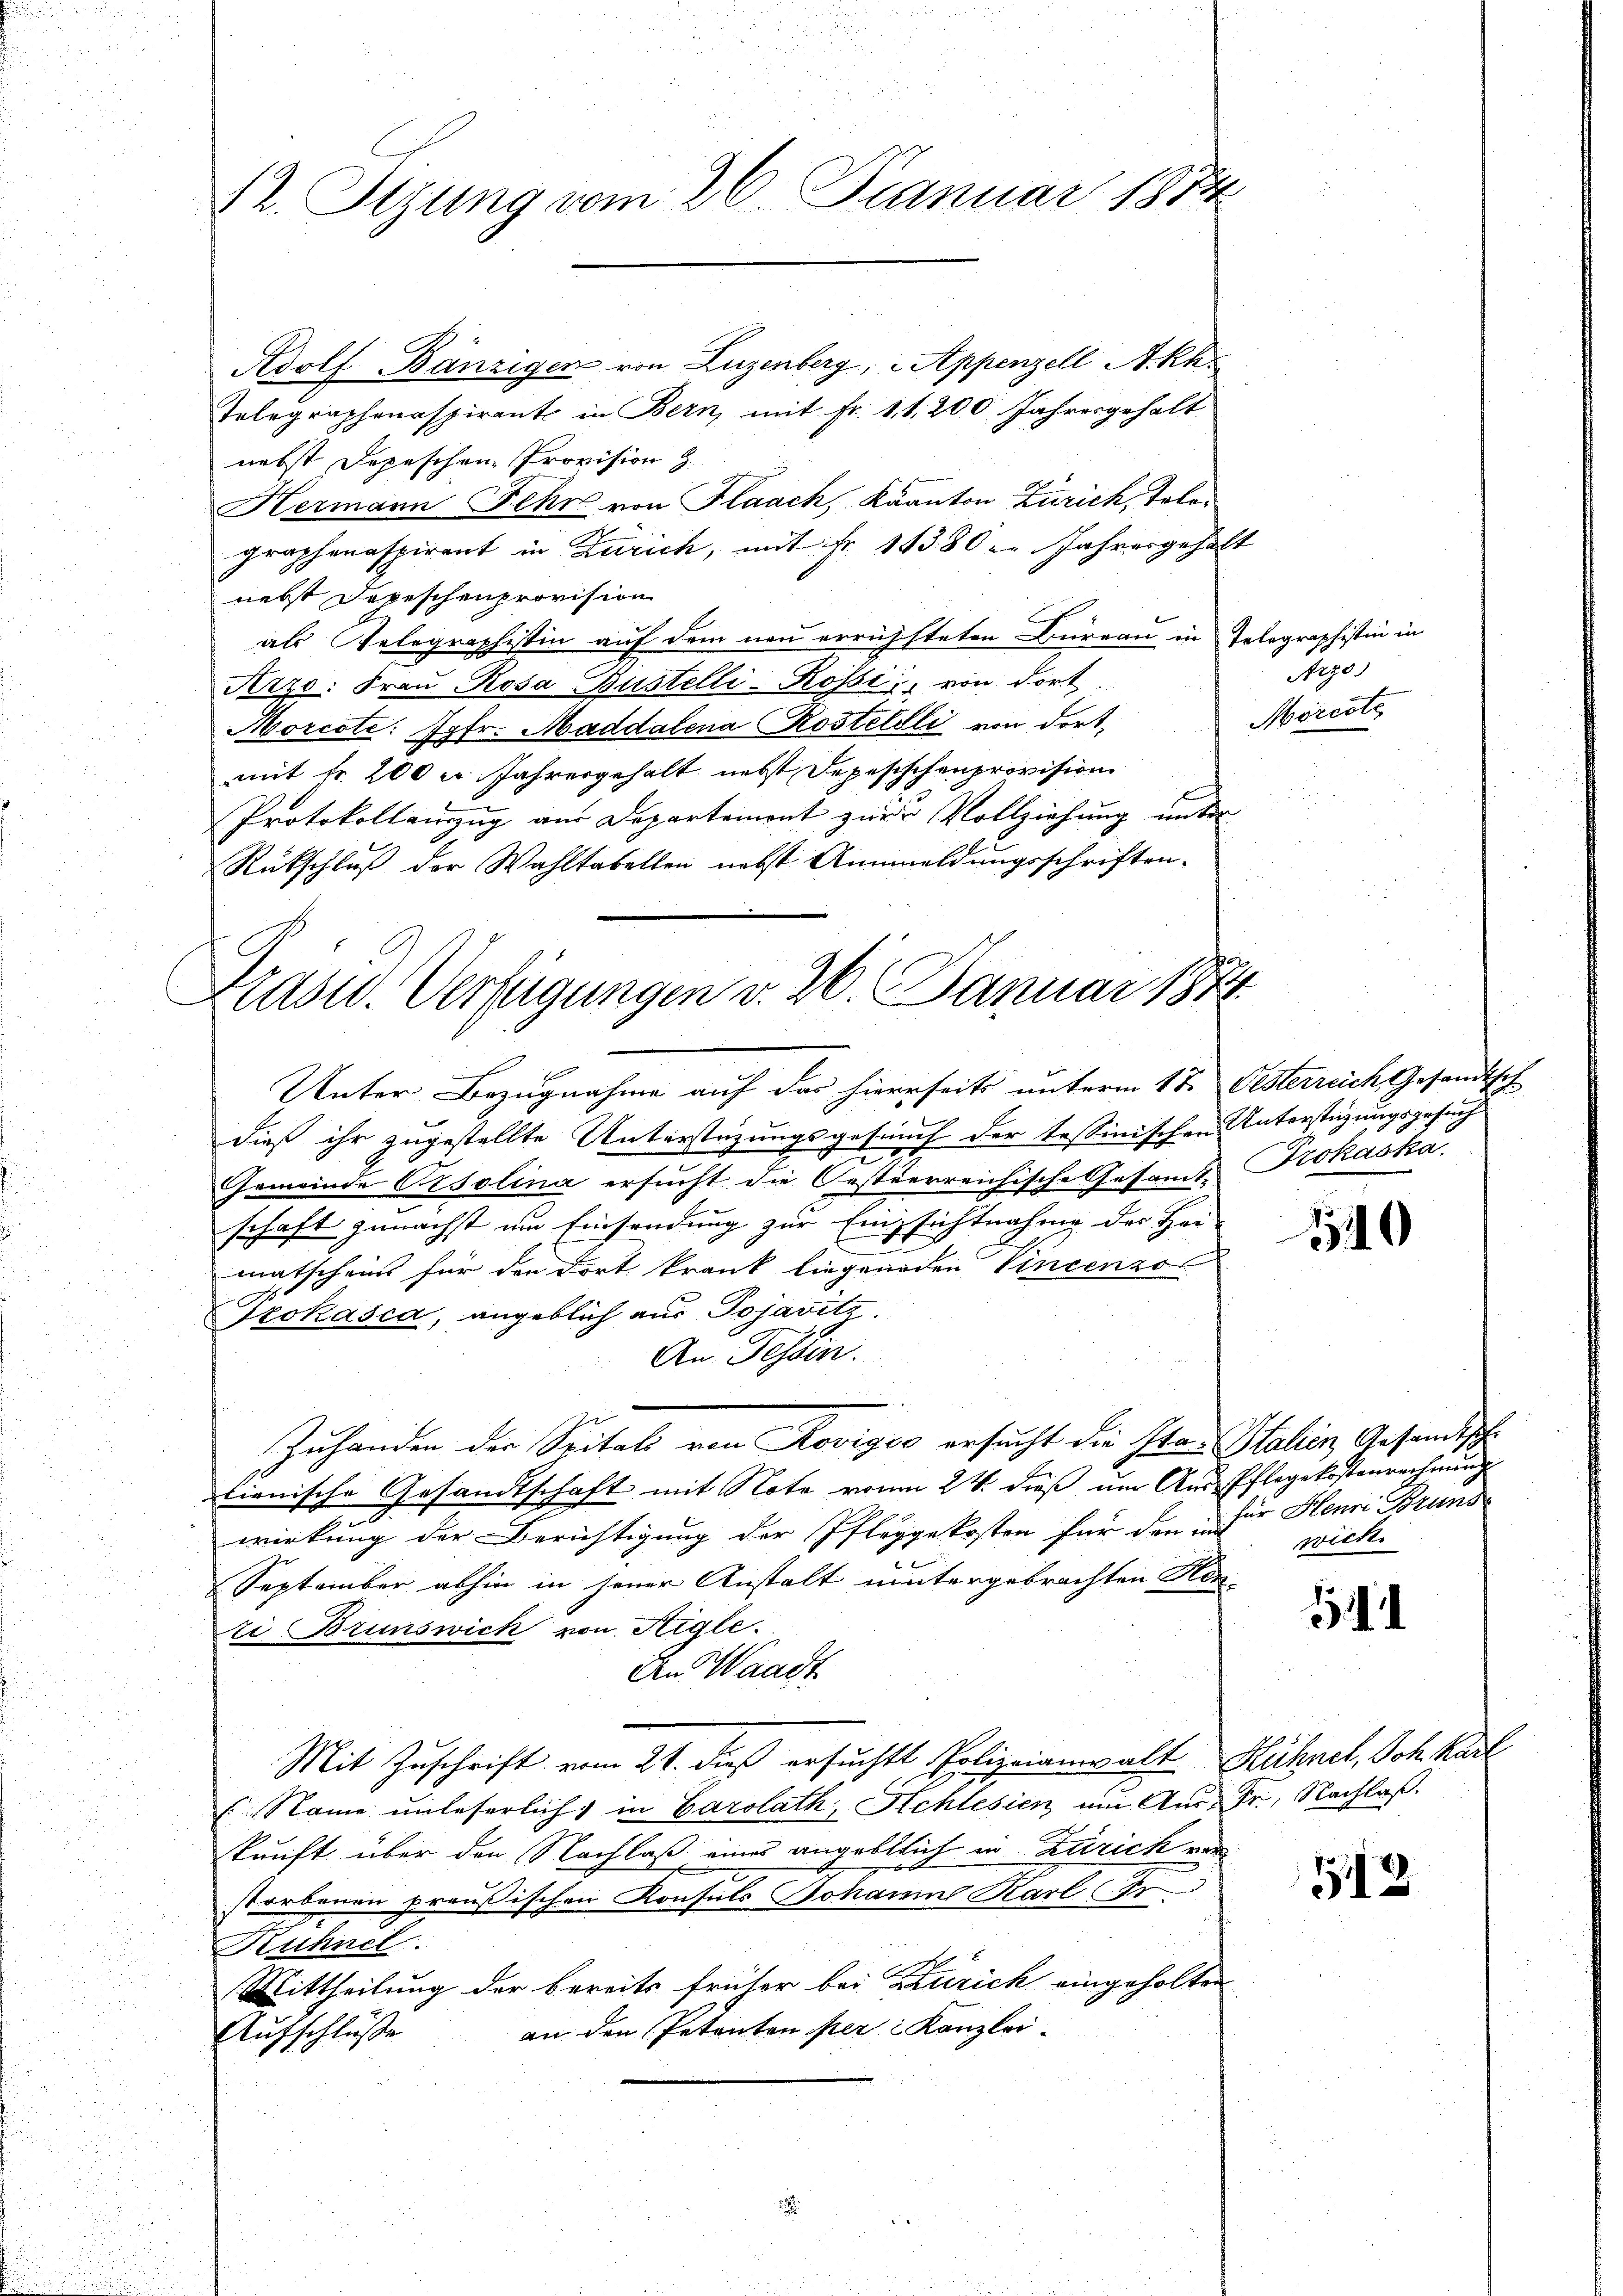
Rdolf Bänzigen von Luzenberg, 2 Appenzell A.Rh.
Telegraphenaspirant in Bern, mit Fr. 11,200 Jahresgehalt
nebst Depeschen Provision z
Hermann Fehr von Flaach, Kaanton Zürich, Telegraphenaspirant in Zürich, mit Fr. 14380 - Jahresgehalt
nebst Depeschenprovision
als Gelegraphistin auf dem neu errichsteten Bureau in Telegraphistin in
Arzo: Frau Rosa Bustelli-Rossi, von dort
Morcote: Jgfr. Maddalena Kostellli von dort,
mit Fr. 200 u Jahresgehalt nebst Depesischenprovision
Protokollauszug aus Departement zur Vollziehung unter
Rückschluß der Wahltabellen nebst Annmeldungsschriften.

12. Stzung vom 26. Januar 1874

Kasu. Verfügungen v. 26. Januar 1874.

Unter Bezugnahme auf das hierseits unterm 17. Oesterreich Gesandtsch
dieß ihr zugestellte Unterstüzungsgesund der tessinischen Unterstützungsgesuch
Gemeinde Orsolina ersucht die Oesterreichische Gesamt-Prohaska
schaft zunächst um Einsendung zur Einsichtnahme der Hei-
matschein für den dort krank liegenden Vincenzol
Irokasca, angeblich aus Pojavitz.
An Tessin.
Zuhanden der Seitals von Roviges ersucht die Ita Stalien, Gesandtsch
lienische Gesandtschaft mit Note von 24. dieß um Aus-Pflegekostenrechnung
wirkung der Berichtigung der Pfleggekosten für den für Henri Brand
September abhin in jener Anstalt nuntergebrachten Hen-
ti Brunswick von Sigle.
An Waadt
Mit Zuschrift vom 21. dieß ersuchte Polizeianwalt Hühnel, Joh. Karl
(Name unleserlich in Carolath, Schlesien, um Aus- Fr, Nachlaß.
kunft über den Nachlaß eines angeblich in Zürich von
storbenen preußischen Konsuls Johanne Karl Fr
Rühnel.
Mittheilung der bereits früher bei Zürich eingeholten
an den Petenten per Kanzlei¬
Aufschlüße

Argo
Morcote,

540

wick

1

513